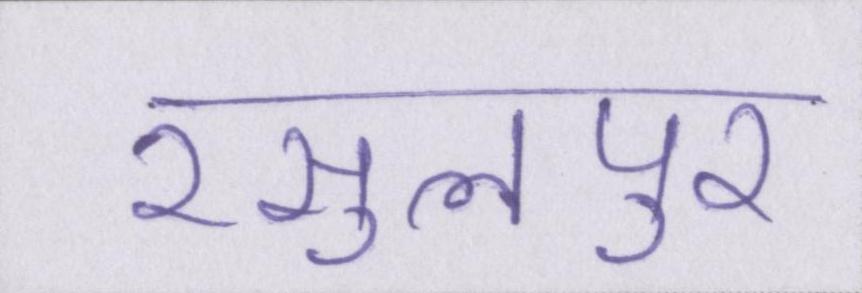
रसुलपुर